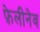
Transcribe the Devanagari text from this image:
फ़ेलीनेव